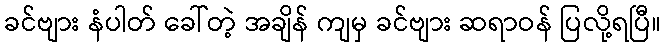
ခင်ဗျား နံပါတ် ခေါ်တဲ့ အချိန် ကျမှ ခင်ဗျား ဆရာဝန် ပြလို့ရပြီ။